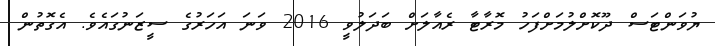
ޔުވަންޓަސް ދޫކޮށްލުމަށްފަހު މޮރާޓާ ރެއާލަށް ބަދަލުވީ 2016 ވަނަ އަހަރުގެ ސީޒަނުގައެވެ. އެގޮތުން